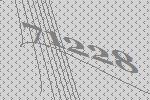
71228